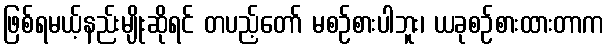
ဖြစ်ရမယ့်နည်းမျိုးဆိုရင် တပည့်တော် မစဉ်စားပါဘူး၊ ယခုစဉ်စားထားတာက